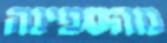
מהספינה